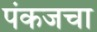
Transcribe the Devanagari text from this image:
पंकजचा